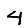
Digit: 4